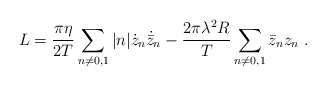
\begin{align*}L={\pi\eta \over 2T}\sum_{n\neq 0,1}|n|\dot z_n\dot{\bar z}_n-{2\pi\lambda^2R \over T}\sum_{n\neq 0,1}\bar z_n z_n\ .\end{align*}